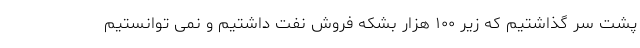
پشت سر گذاشتیم که زیر ۱۰۰ هزار بشکه فروش نفت داشتیم و نمی توانستیم